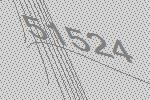
51524